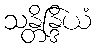
သန္တိန္ဒြိယံ